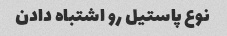
نوع پاستیل رو اشتباه دادن